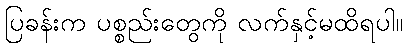
ပြခန်းက ပစ္စည်းတွေကို လက်နှင့်မထိရပါ။